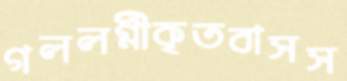
গললগ্নীকৃতবাসস